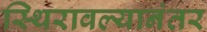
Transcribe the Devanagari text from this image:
स्थिरावल्यानंतर